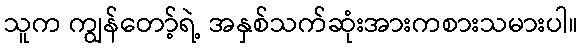
သူက ကျွန်တော့်ရဲ့ အနှစ်သက်ဆုံးအားကစားသမားပါ။